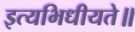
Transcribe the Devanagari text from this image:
इत्यभिधीयते॥